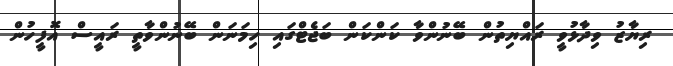
ރިޔާޒު ވިދާޅުވީ ރައްޔިތުން ބޭނުންވާ ކަންކަން ބަޖެޓްގައި ހިމަނަން ބޭނުންވާތީ ރައީސް އޮފީހުން